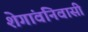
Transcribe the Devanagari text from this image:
शेगांवनिवासी